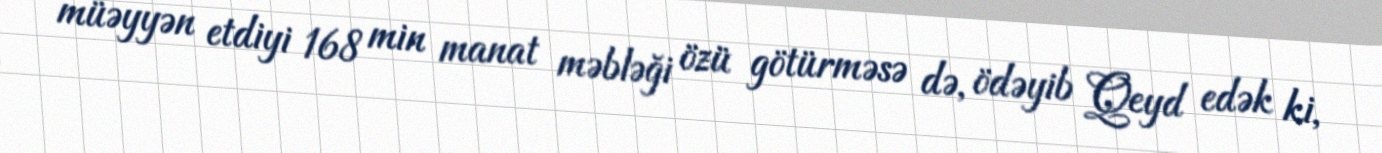
müəyyən etdiyi 168 min manat məbləği özü götürməsə də, ödəyib Qeyd edək ki,